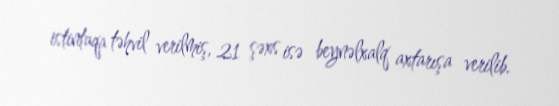
istintaqa təhvil verilmiş, 21 şəxs isə beynəlxalq axtarışa verilib.